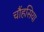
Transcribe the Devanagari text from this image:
चौंहसिया